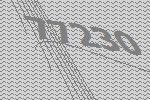
77230